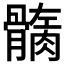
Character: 𩪏